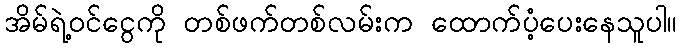
အိမ်ရဲ့ဝင်ငွေကို တစ်ဖက်တစ်လမ်းက ထောက်ပံ့ပေးနေသူပါ။